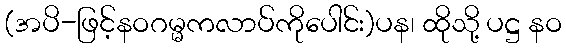
(အပိ-ဖြင့်နဝဂမ္မကလာပ်ကိုပေါင်း)ပန၊ ထိုသို့ ပဋ္ဌ နဝ